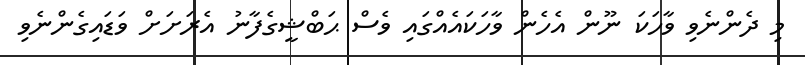
މި ދެންނެވި ވާހަކަ ނޫން އެހެން ވާހަކައެއްގައި ވެސް ޙަބްޝީގެފާނު އެރަށަށް ވަޑައިގެންނެވި